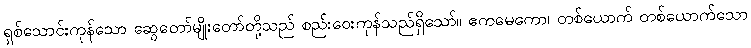
ရှစ်သောင်းကုန်သော ဆွေတော်မျိုးတော်တို့သည် စည်းဝေးကုန်သည်ရှိသော်။ ဧကမေကော၊ တစ်ယောက် တစ်ယောက်သော